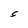
Character: S